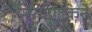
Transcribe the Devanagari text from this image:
मिरवणूकिने